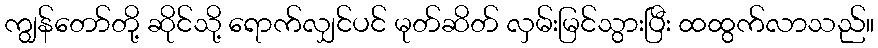
ကျွန်တော်တို့ ဆိုင်သို့ ရောက်လျှင်ပင် မုတ်ဆိတ် လှမ်းမြင်သွားပြီး ထထွက်လာသည်။